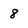
Character: 8